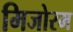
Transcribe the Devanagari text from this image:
मिजोरम